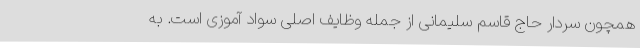
همچون سردار حاج قاسم سلیمانی از جمله وظایف اصلی سواد آموزی است. به